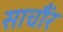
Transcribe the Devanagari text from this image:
साचौँर